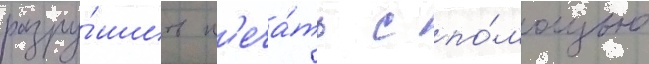
разру́шить п'еча́ть с по́мощью